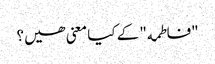
"فاطمه" کے کیا معنی ھیں؟